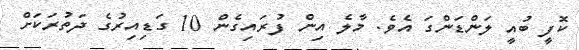
ކޮފީ ބުއީ ލަންޑަންގަ އެވެ. މާލެ އިން ފުރައިގެން 10 ގަޑިއިރުގެ ދަތުރަކަށް